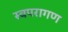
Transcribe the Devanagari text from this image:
स्वपरागण